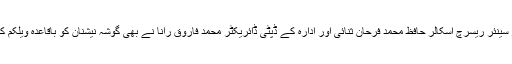
FMRI پہنچنے پر سینئر ریسرچ اسکالر حافظ محمد فرحان ثنائی اور ادارہ کے ڈپٹی ڈائریکٹر محمد فاروق رانا نے بھی گوشہ نیشنان کو باقاعدہ ویلکم کیا۔